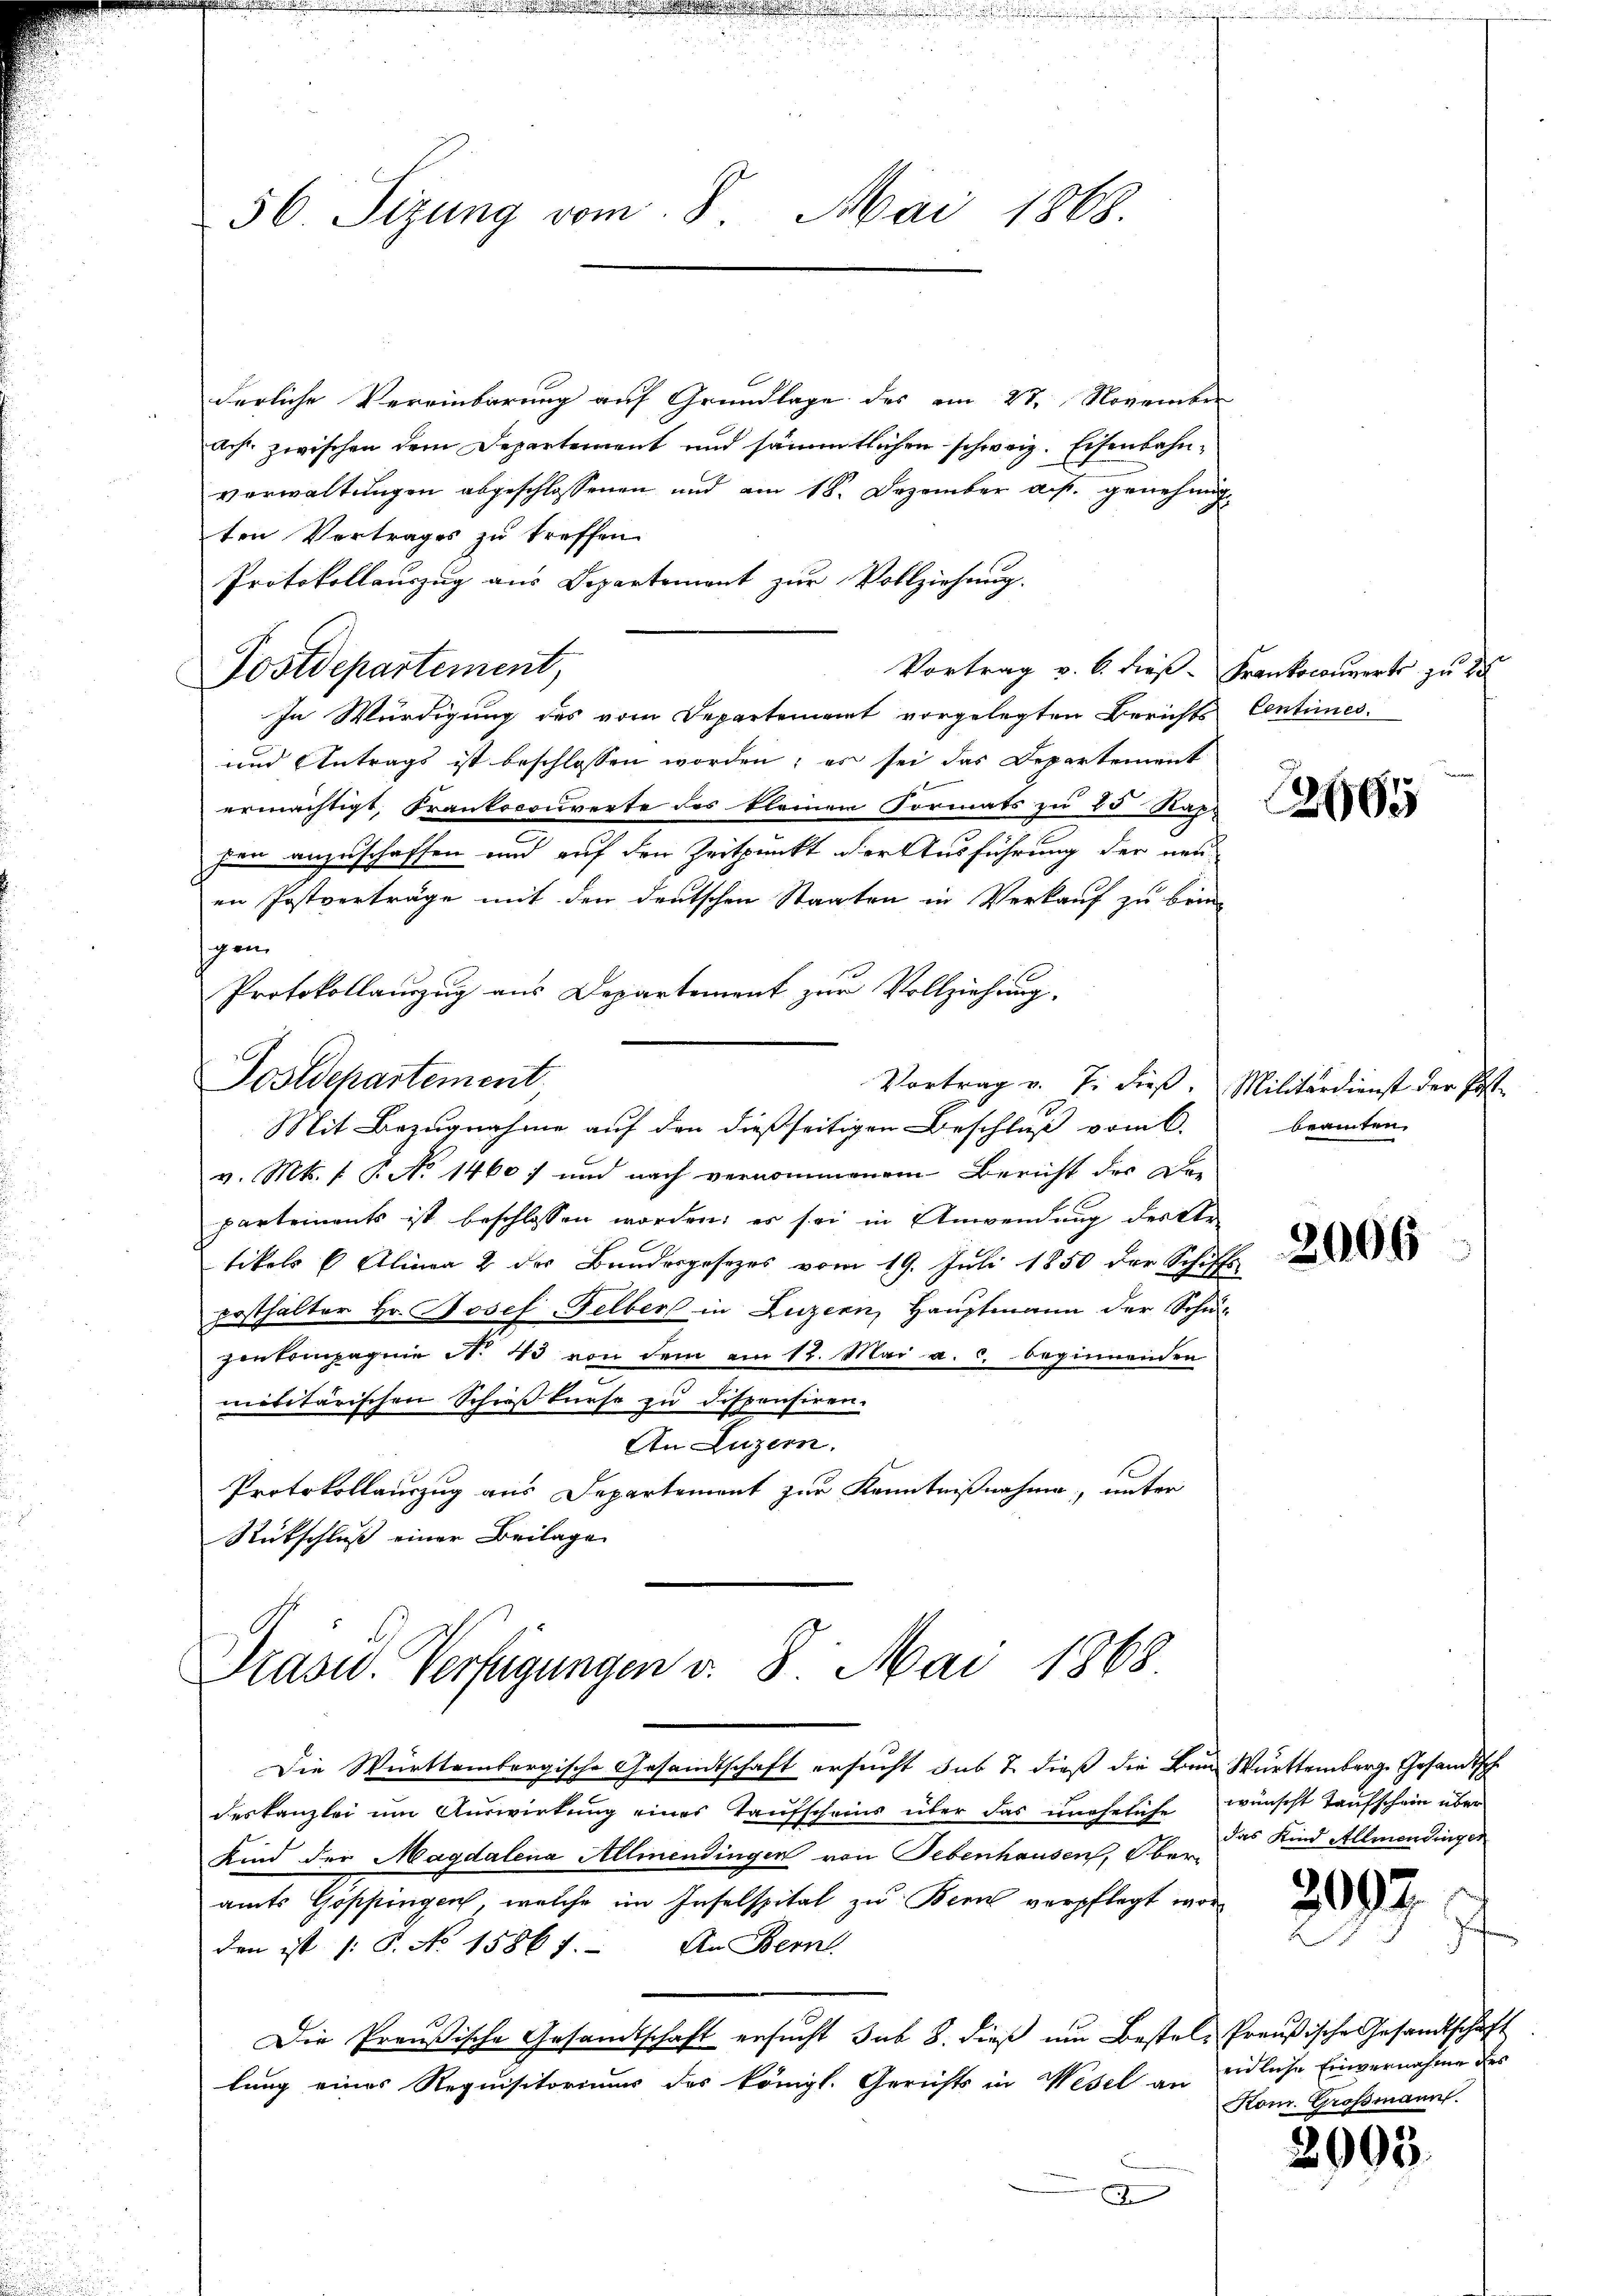
56 Sizung vom 8. Mai 1868.

derliche Vereinbarung auf Grundlage des am 23. November
Ach, zwischen dem Departement und sämmtlichen schweiz. Eisenbahnverwaltungen abgeschlossenen und am 18. Dezember a. p. genehmigten Vertrages zu treffen.
Protokollauszug aus Departement zur Vollziehung.
Vortrag v. 6. dies-Frankocouverts zu 25
Postdepartement,
In Würdigung des vom Departement vorgelegten Berichts Centimes.
und Antrags ist beschlossen worden; es sei das Departement
ermächtigt, Frankocouverte des kleinen Formats zu 25 Kap-
fen anzuschaffen und auf den Zeitpunkt der Ausführung der neu-
en Postverträge mit den deutschen Staaten in Verkauf zu brin-
sgen
Protokollauszug aus Departement zur Vollziehung.
Postdepartement
Vortrag v. J. dieß. Militärdienst der Post
Mit Bezugnahme auf den dießseitigen Beschluß vom 6.
v. Mts. f. P. No 1460) und nach vernommenem Bericht der Di¬
E
k
partements ist beschlossen worden, es sei in Anwendung der er
tikels Alinea 2 der Bundesgesezes vom 19. Juli 1850 der Schiffs
Ersthalter Hr. Josef Felber in Luzern, Hauptmann der Schul
zenkompagnie No 43 von dem am 12. Mai a. c. beginnenden
militärischen Schieß kurse zu dispensiren.
An Luzern.
Protokollauszug aus Departement zur Kenntnißnahme, unter
Rückschluß einer Beilage

Präsid. Verfügungen v. 8. Mai 1868

Die Württembergische Gesandtschaft ersucht sub 7. dieß die Ben Württemberg. Gesandtsch
deskanzlei um Auswirkung eines Taufscheins über das uneheliche wünscht Taufschein über
Kind der Magdalena Allmendingen von Gebenhausen, Ober-
amts Goppingen, welche im Inselspital zu Bern verpflegt worden ist (: P. No 15867. An Bern
Die Preußische Gesandtschaft ersucht sub 8. dieß um Bestel- Preußische Gesandtschaft
lung eines Requisitoriums des königl. Gerichts in Wesel an eidliche Einvernahme des
D

605

beamten.

2006

das Kind Allmendinger
Kom. Großmann.

2097

2003.